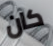
كان